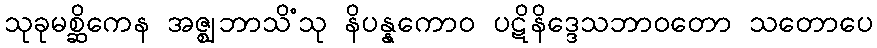
သုခုမစ္ဆိကေန အဇ္ဈဘာသိံသု နိပန္နကောဝ ပဋိနိဒ္ဒေသဘာဝတော သတောပေ